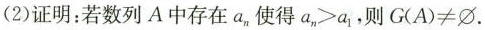
(2)证明：若数列A中存在a_{n} 使得$$a_{n} >a_{1} $$，则$$G(A)\neq \Phi$$。